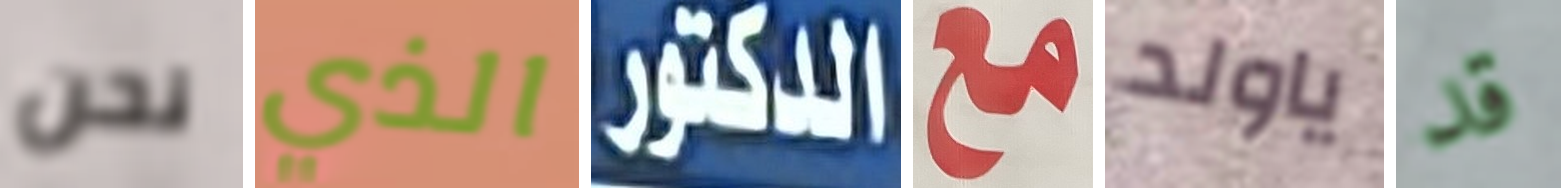
نحن الذي الدكتور مع ياولد قد